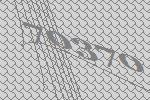
70370